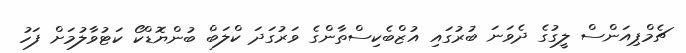
ޗެމްޕިއަންސް ލީގުގެ ދެވަނަ ބުރުގައި އުޒްބެކިސްތާންގެ ވަރުގަދަ ކްލަބް ބުންޔޮޑްކޯ ކަޓުވާލުމަށް ފަހު